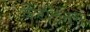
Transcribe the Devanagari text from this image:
कैटलिनस